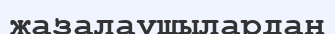
жазалаушылардан